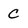
Character: C